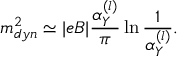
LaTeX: m _ { d y n } ^ { 2 } \simeq | e B | \frac { \alpha _ { Y } ^ { ( l ) } } { \pi } \ln \frac { 1 } { \alpha _ { Y } ^ { ( l ) } } .